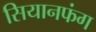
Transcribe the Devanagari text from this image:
सियानफंग